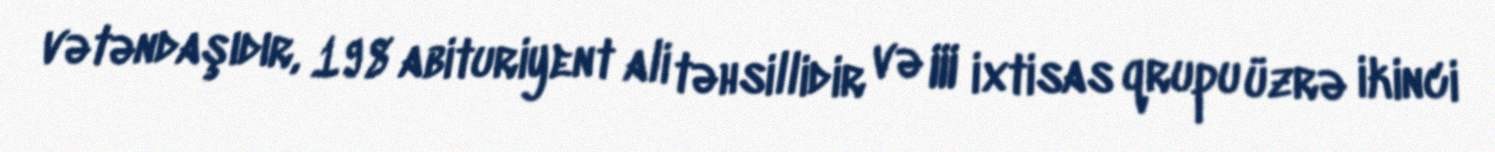
vətəndaşıdır, 198 abituriyent ali təhsillidir və III ixtisas qrupu üzrə ikinci